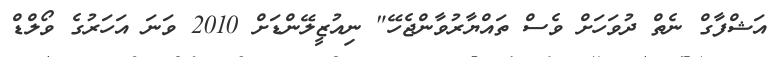
އަޝްފާގް ނެތް ދުވަހަށް ވެސް ތައްޔާރުވާންޖެހޭ" ނިއުޒީލޭންޑަށް 2010 ވަނަ އަހަރުގެ ވޯލްޑް